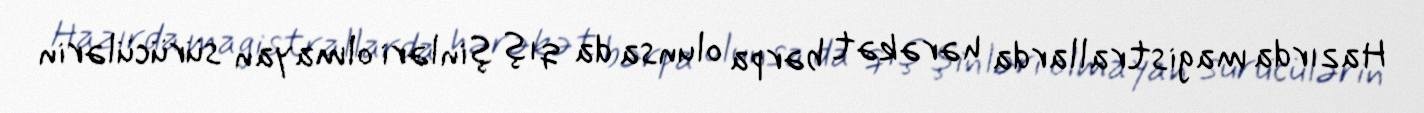
Hazırda magistrallarda hərəkət bərpa olunsa da qış şinləri olmayan sürücülərin